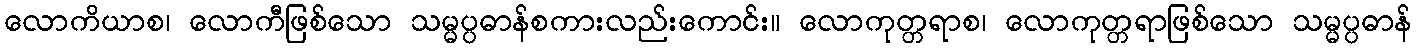
လောကိယာစ၊ လောကီဖြစ်သော သမ္မပ္ပဓာန်စကားလည်းကောင်း။ လောကုတ္တရာစ၊ လောကုတ္တရာဖြစ်သော သမ္မပ္ပဓာန်